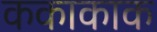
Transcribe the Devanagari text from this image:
ककाकाक